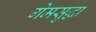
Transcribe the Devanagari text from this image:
गेमसुद्धा